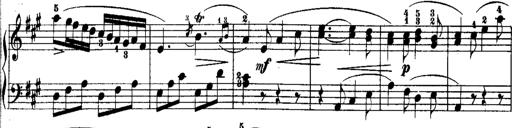
Title: Rondos and Sonatinas for Pianoforte
Composer: Daniel Steibelt